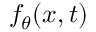
f _ { \theta } ( x , t )